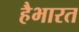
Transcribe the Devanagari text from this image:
हैभारत